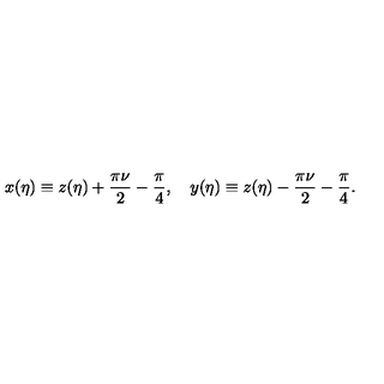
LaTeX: x ( \eta ) \equiv z ( \eta ) + \frac { \pi \nu } { 2 } - \frac { \pi } { 4 } , \quad y ( \eta ) \equiv z ( \eta ) - \frac { \pi \nu } { 2 } - \frac { \pi } { 4 } .